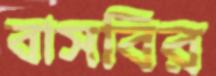
বাসবির